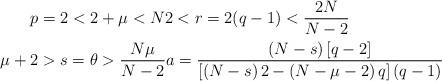
LaTeX: \begin{align*}p & =2<2+\mu<N2<r=2(q-1)<\frac{2N}{N-2}\\\mu+2 & >s=\theta>\frac{N\mu}{N-2}a=\frac{\left( N-s\right)\left[ q-2\right] }{\left[ \left( N-s\right) 2-\left( N-\mu-2\right)q\right] (q-1)}\end{align*}